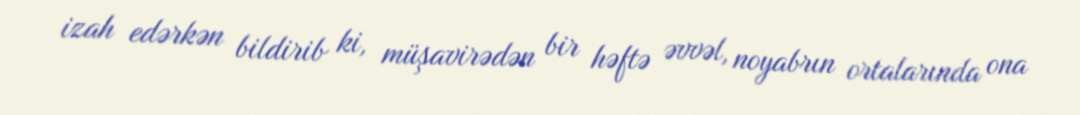
izah edərkən bildirib ki, müşavirədən bir həftə əvvəl, noyabrın ortalarında ona